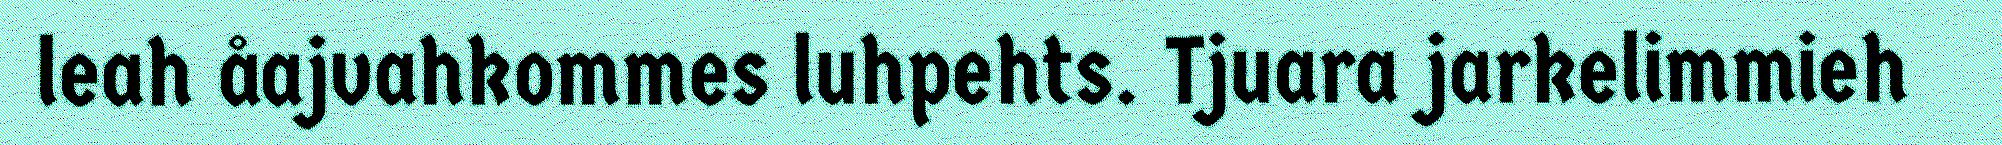
leah åajvahkommes luhpehts. Tjuara jarkelimmieh